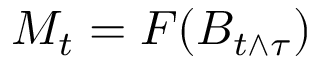
M _ { t } = F ( B _ { t \wedge \tau } )